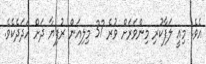
އެވެ. މިއީ ލަފާކުރި މިންވަރަށް ވުރެ 37 މިލިއަން ރުފިޔާ ދަށް އަދަދެކެވެ.